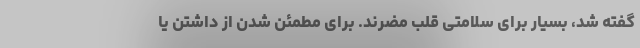
گفته شد، بسیار برای سلامتی قلب مضرند. برای مطمئن شدن از داشتن یا